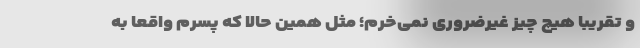
و تقریباً هیچ چیز غیرضروری نمی‌خرم؛ مثل همین حالا که پسرم واقعاً به